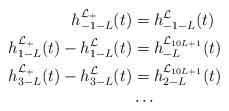
LaTeX: \begin{align*}h_{-1-L}^{\mathcal{L}_+}(t)&=h_{-1-L}^{\mathcal{L}}(t)\\h_{1-L}^{\mathcal{L}_+}(t)-h_{1-L}^{\mathcal{L}}(t)&=h_{-L}^{\mathcal{L}_{10L+1}}(t)\\h_{3-L}^{\mathcal{L}_+}(t)-h_{3-L}^{\mathcal{L}}(t)&=h_{2-L}^{\mathcal{L}_{10L+1}}(t)\\&\cdots\end{align*}